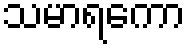
သမာရကော